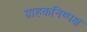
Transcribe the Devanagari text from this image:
ग्राहकनिष्पक्ष